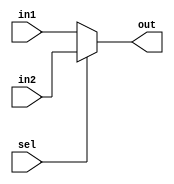
module mux2x3(input [2:0]in1, in2, output [2:0] out, input sel); // se (sel==0) out=in1
	assign out = (sel==0? in1: in2);
endmodule

module mux2x8(input [7:0]in1, in2, output  [7:0] out, input sel); // se (sel==0) out=in1
	assign out = (sel==0? in1: in2);
endmodule 


/*
 A = in1
 B = in2
 sel = select or S
 out = X
 
 2x3 = 2 saidas de 3 bits
 2x8 = 2 saidas de 8 bits

     _______
A --|       |
    |  MUX  |--- X
B --|_______|
        |
        S

S = 0 entra in1
S = 1 entra in2		  
*/